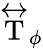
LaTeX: \stackrel{\leftrightarrow}{\mathrm{T}}_{\phi}